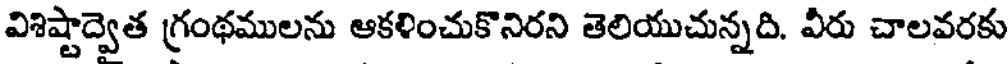
విశిష్టాద్వెత గ్రంథములను ఆకళించుకొనిరని తెలియుచున్నది. వీరు చాలవరకు